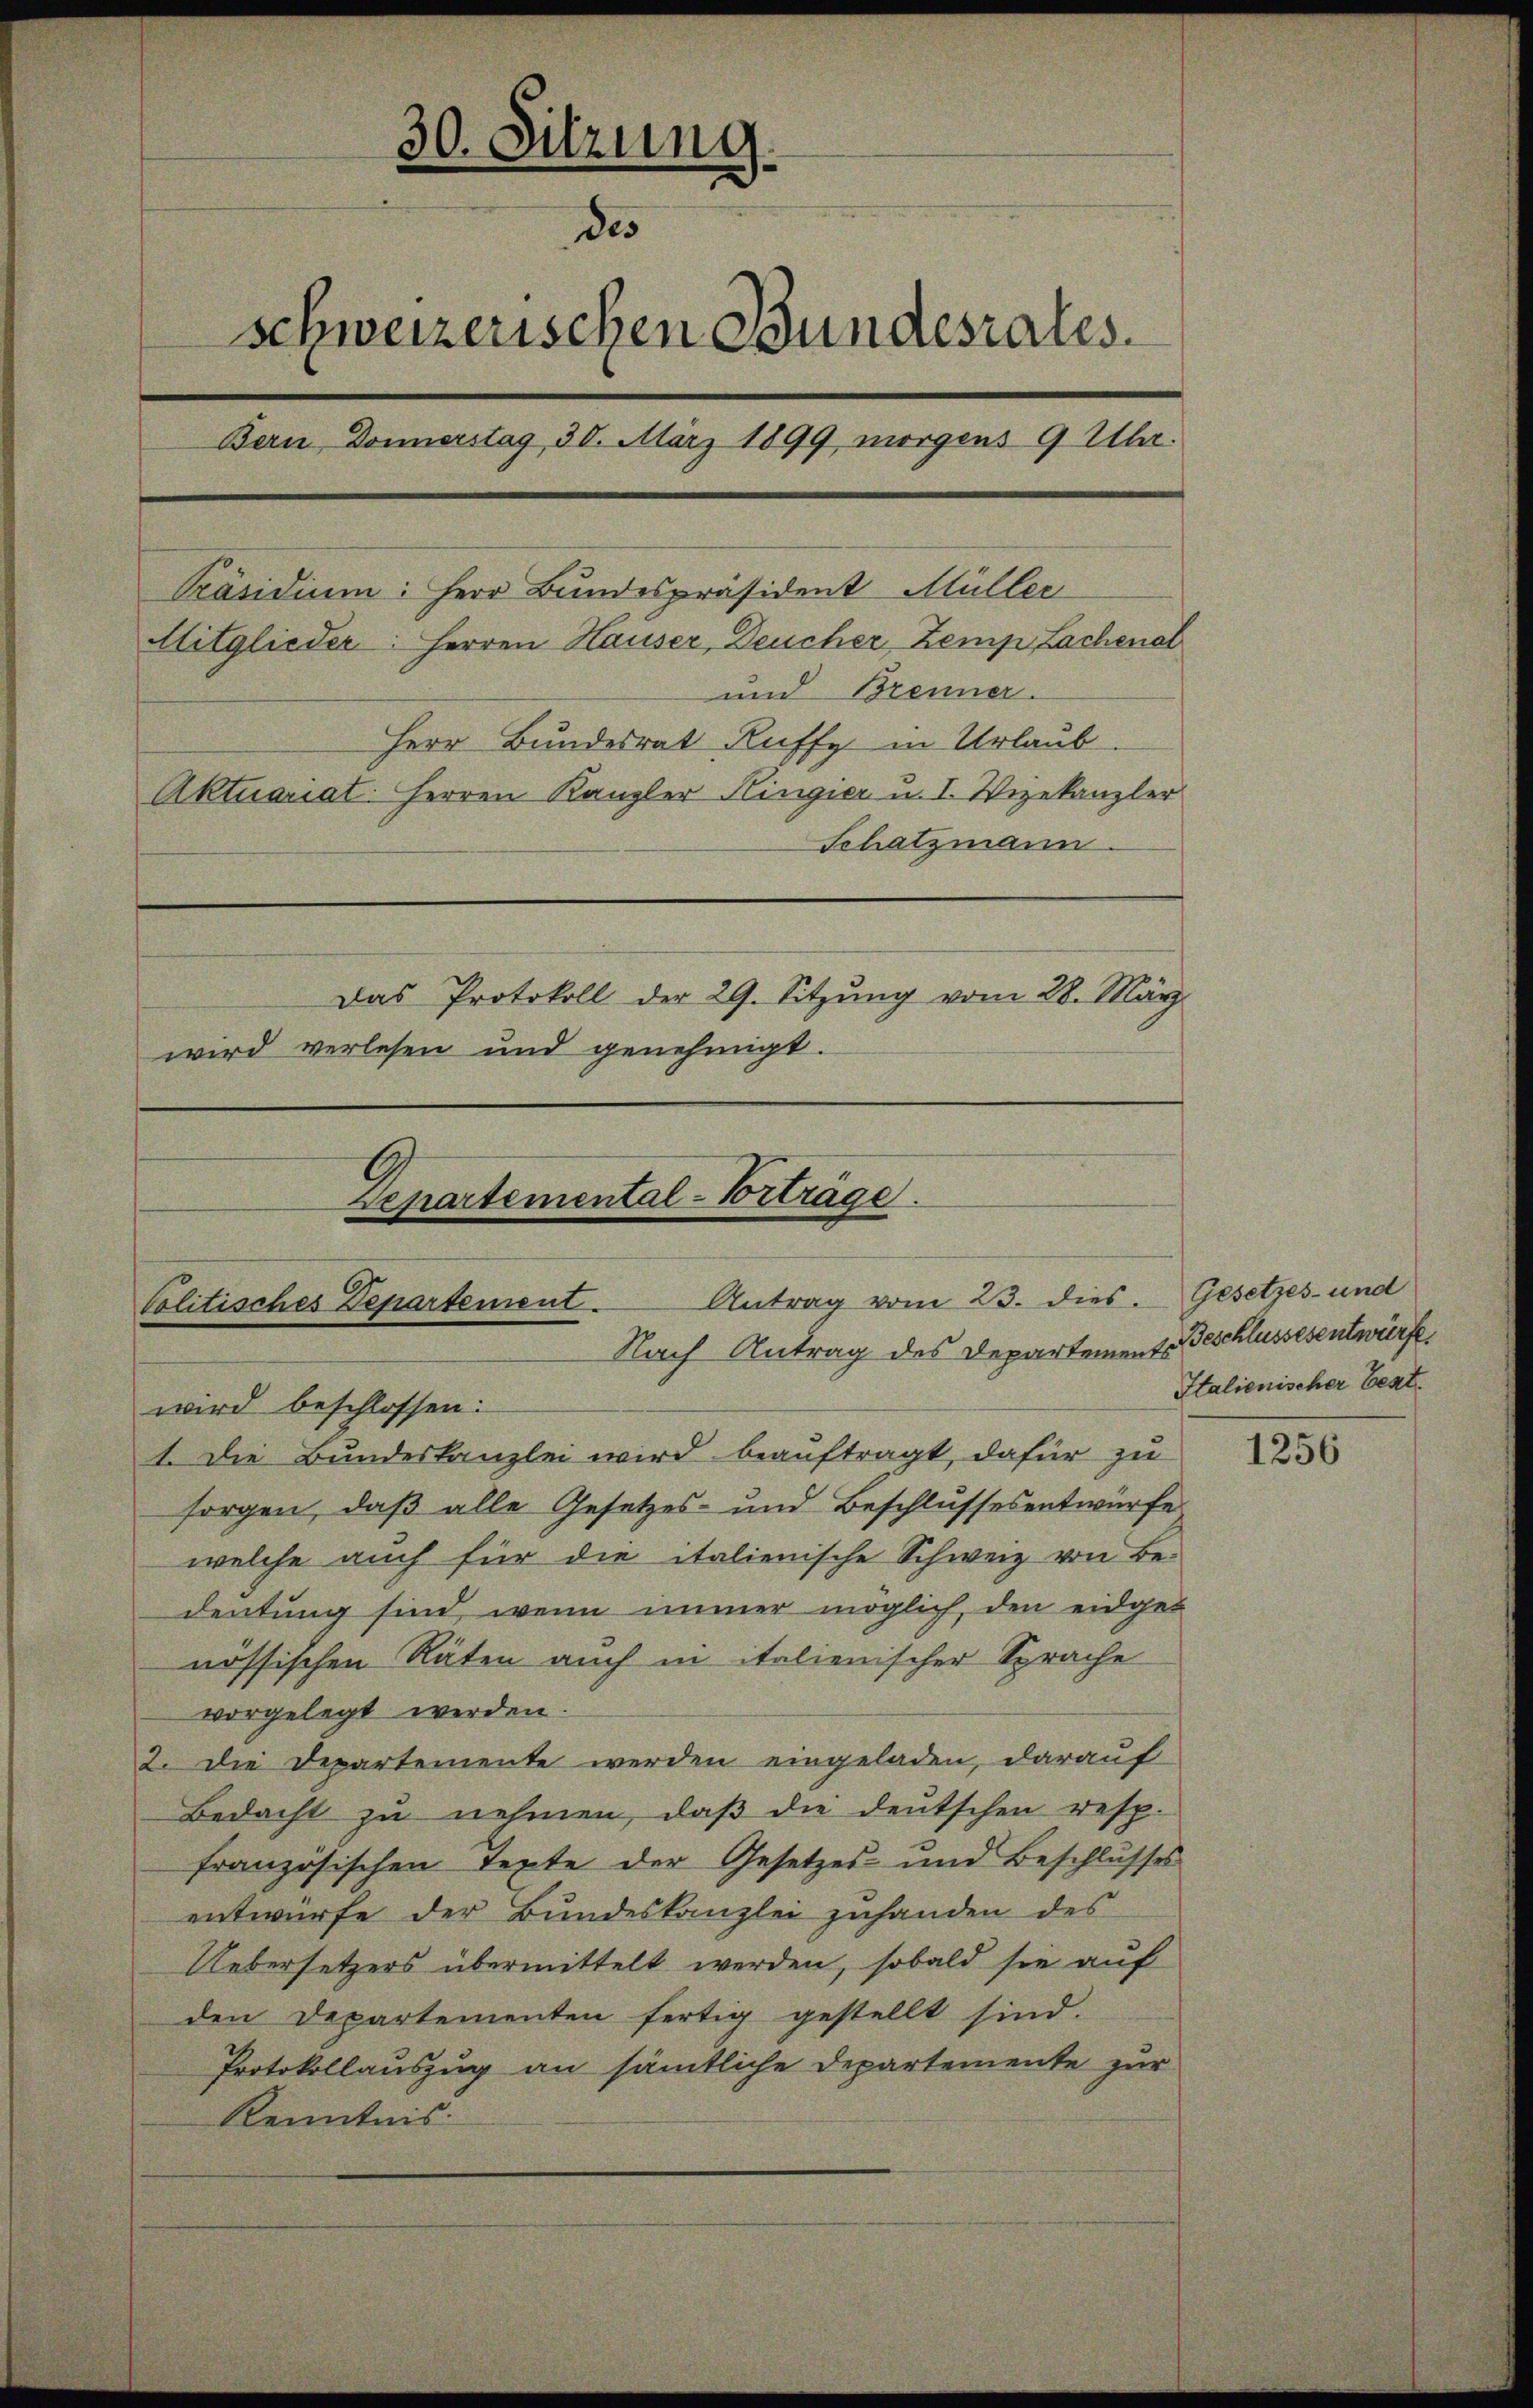
30. Sitzung
des
schweizerischen Bundesrates.
Bern Donnerstag, 30. März 1899 morgens 9 Uhr.
Präsidium: Herr Bundespräsident Müller
Mitglieder: Herren Hauser, Deucher Zemp Lachenal
und Brenner.
Herr Bundesrat Ruffy in Urlaub
Aktuariat. Herren Kanzler Kingier u. I. Vizekanzler
Schatzmann
Das Protokoll der 29. Sitzŭng vom 28. März
wird verlesen und genehmigt.
Departemental-Vorträge.

Antrag vom 23. dies. Gesetzes- und
politisches Departement.
Nach Antrag des Departements Beschlussesentwürfe,

wird beschlossen:
1. Die Bundeskanzlei wird beauftragt, dafür zu
sorgen, daß alle Gesetzes- und Beschlussesentwürfe
welche auch für die italienische Schweiz von Be-
deutung sind, wenn immer möglich, den eidgenössischen Räten auch in italienischer Sprache
vorgelegt werden.
2. Die Departemente werden eingeladen, darauf
Bedacht zu nehmen, daß die deutschen resp.
französischen Texte der Gesetzes und Beschlŭsses
entwürfe der Bundeskanzlei zuhanden des
Uebersetzers übermittelt werden, sobald sie auf
den Departementen fertig gestellt sind.
Protokollauszug an sämtliche Departemente zur
Kenntnis.

Italienischer Beat.

1256